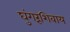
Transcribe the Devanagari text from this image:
घुंगरूंशिवाय